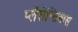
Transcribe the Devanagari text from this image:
प्लॅसेन्सियास